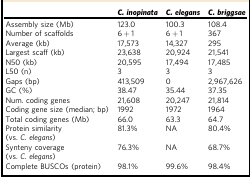
<table><thead><tr><td></td><td><b><i>C. inopinata</i></b></td><td><b><i>C. elegans</i></b></td><td><b><i>C. briggsae</i></b></td></tr></thead><tbody><tr><td>Assembly size (Mb)</td><td>123.0</td><td>100.3</td><td>108.4</td></tr><tr><td>Number of scaffolds</td><td>6 + 1</td><td>6 + 1</td><td>367</td></tr><tr><td>Average (kb)</td><td>17,573</td><td>14,327</td><td>295</td></tr><tr><td>Largest scaff (kb)</td><td>23,638</td><td>20,924</td><td>21,541</td></tr><tr><td>N50 (kb)</td><td>20,595</td><td>17,494</td><td>17,485</td></tr><tr><td>L50 (n)</td><td>3</td><td>3</td><td>3</td></tr><tr><td>Gaps (bp)</td><td>413,509</td><td>0</td><td>2,967,626</td></tr><tr><td>GC (%)</td><td>38.47</td><td>35.44</td><td>37.35</td></tr><tr><td>Num. coding genes</td><td>21,608</td><td>20,247</td><td>21,814</td></tr><tr><td>Coding gene size (median; bp)</td><td>1992</td><td>1972</td><td>1964</td></tr><tr><td>Total coding genes (Mb)</td><td>66.0</td><td>63.3</td><td>64.7</td></tr><tr><td>Protein similarity (vs. <i>C. elegans</i>)</td><td>81.3%</td><td>NA</td><td>80.4%</td></tr><tr><td>Synteny coverage (vs. <i>C. elegans</i>)</td><td>76.3%</td><td>NA</td><td>68.7%</td></tr><tr><td>Complete BUSCOs (protein)</td><td>98.1%</td><td>99.6%</td><td>98.4%</td></tr></tbody></table>